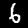
Label: 6